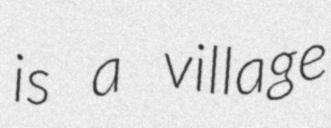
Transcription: is a village